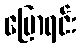
ပြောရင်း